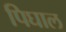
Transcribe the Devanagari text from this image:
पिघाल